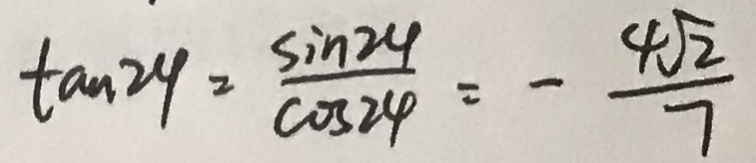
\tan 2 9 = \frac { \sin 2 4 } { \cos 2 4 } = - \frac { 4 \sqrt { 2 } } { 7 }